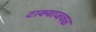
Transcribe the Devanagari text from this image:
टाक्याजवळ